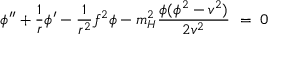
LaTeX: \phi ^ { \prime \prime } + \frac 1 r \phi ^ { \prime } - \frac 1 { r ^ { 2 } } f ^ { 2 } \phi - m _ { H } ^ { 2 } \frac { \phi ( \phi ^ { 2 } - v ^ { 2 } ) } { 2 v ^ { 2 } } \ = \ 0